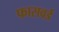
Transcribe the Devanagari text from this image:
फासवर्ड